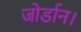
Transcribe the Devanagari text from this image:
जोर्डान।